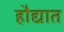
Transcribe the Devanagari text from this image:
हौद्यात